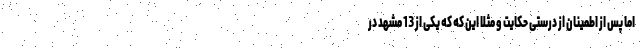
اما پس از اطمینان از درستی حکایت و مثلا این که که یکی از 13 مشهد در